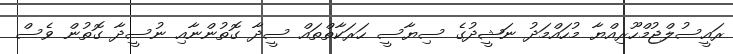
ރައީސުލްޖުމްހޫރިއްޔާ މުހައްމަދު ނަޝީދުގެ ސިޔާސީ ހަރަކާތްތައް ސީދާ ގޮތުންނާއި ނުސީދާ ގޮތުން ވެސް